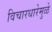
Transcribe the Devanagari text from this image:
विचारधारेमुळे